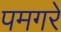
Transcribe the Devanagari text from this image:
पमगरे